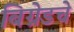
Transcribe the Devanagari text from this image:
बिग्रेडचे